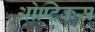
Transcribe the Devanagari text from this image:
ओप्टिकस